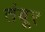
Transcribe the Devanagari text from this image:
तंबूर